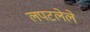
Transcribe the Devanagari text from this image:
लपटलेले